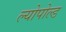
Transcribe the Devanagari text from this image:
ल्योपोल्ड